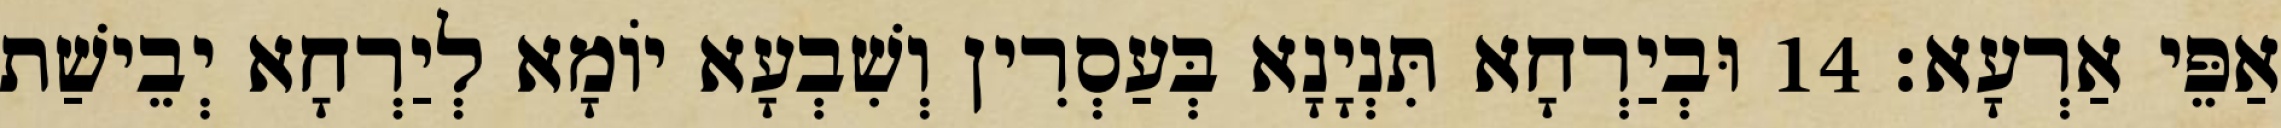
אַפֵּי אַרְעָא׃ 14 וּבְיַרְחָא תִּנְיָנָא בְּעַסְרִין וְשִׁבְעָא יוֹמָא לְיַרְחָא יְבֵישַׁת